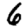
Digit: 6